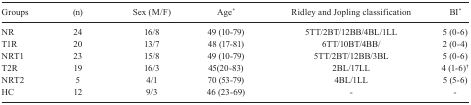
| Groups | (n) | Sex (M/F) | Age* | Ridley and Joplingclassification | BI* |
 | --- | --- | --- | --- | --- | --- |
 | NR | 24 | 16/8 | 49 (10-79) | 5TT/2BT/12BB/4BL/1LL | 5 (0-6) |
 | T1R | 20 | 13/7 | 48 (17-81) | 6TT/10BT/4BB/ | 2 (0-4) |
 | NRT1 | 23 | 15/8 | 49 (10-79) | 5TT/2BT/12BB/3BL | 5 (0-6) |
 | T2R | 19 | 16/3 | 45(20-83) | 2BL/17LL | 4 (1-6)† |
 | NRT2 | 5 | 4/1 | 70 (53-79) | 4BL/1LL | 5 (5-6) |
 | HC | 12 | 9/3 | 46 (23-69) | - | - |